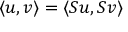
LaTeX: \langle u , v \rangle = \langle S u , S v \rangle